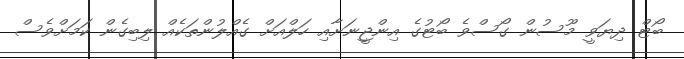
ބޯޓް ދިޔަވީ މޫސުން ގޯސްވެ ބޯޓުގެ އިންޖީނަށާއި ހަލްއަށް ގެއްލުންތަކެއް ލިބިގެން ކަމަށްވެސް